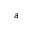
a